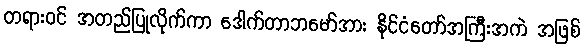
တရားဝင် အတည်ပြုလိုက်ကာ ဒေါက်တာဘမော်အား နိုင်ငံတော်အကြီးအကဲ အဖြစ်